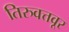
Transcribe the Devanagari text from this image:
तिरुवत्तवूर